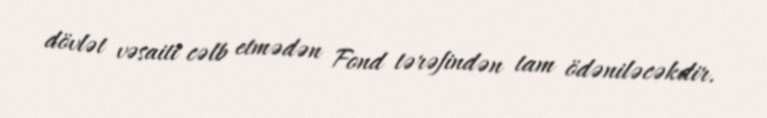
dövlət vəsaiti cəlb etmədən Fond tərəfindən tam ödəniləcəkdir.